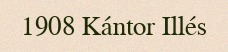
1908 Kántor Illés